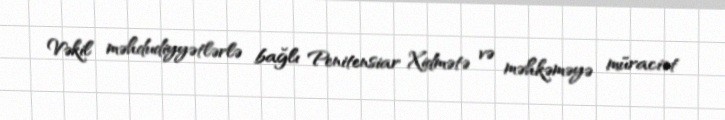
Vəkil məhdudiyyətlərlə bağlı Penitensiar Xidmətə və məhkəməyə müraciət